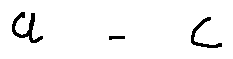
a = c